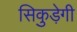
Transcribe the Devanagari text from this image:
सिकुड़ेगी